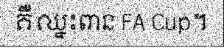
គឺឈ្នះពាន FA Cup។